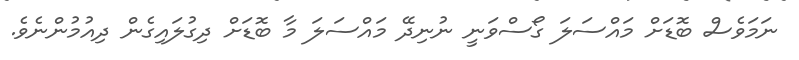
ނަމަވެސް ބޮޑަށް މައްސަލަ ގޯސްވަނީ ނުނިދޭ މައްސަލަ މާ ބޮޑަށް ދިގުލައިގެން ދިއުމުންނެވެ.